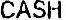
CASH